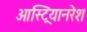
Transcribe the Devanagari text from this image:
आस्ट्रियानरेश